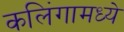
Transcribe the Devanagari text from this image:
कलिंगामध्ये